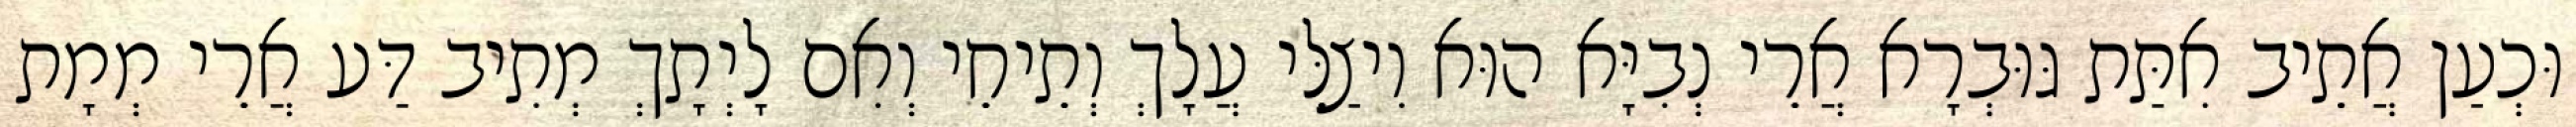
וּכְעַן אֲתֵיב אִתַּת גּוּבְרָא אֲרֵי נְבִיָּא הוּא וִיצַלֵּי עֲלָךְ וְתֵיחֵי וְאִם לָיְתָךְ מְתִיב דַּע אֲרֵי מְמָת